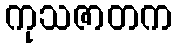
ကုသဇာတက